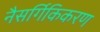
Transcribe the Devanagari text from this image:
नैसर्गिकिकरण